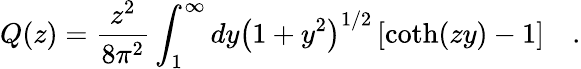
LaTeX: Q(z)={\frac{z^{2}}{8\pi^{2}}}\int_{1}^{\infty}dy\left(1+y^{2}\right)^{1/2}\left[\coth(zy)-1\right]~~~~.